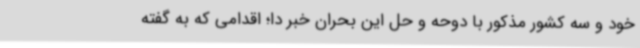
خود و سه کشور مذکور با دوحه و حل این بحران خبر دا؛ اقدامی که به گفته